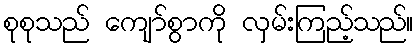
စုစုသည် ကျော်စွာကို လှမ်းကြည့်သည်။